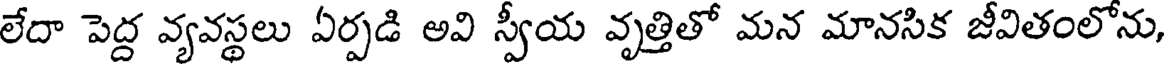
లేదా పెద్ద వ్యవస్థలు ఏర్పడి అవి స్వీయ వృత్తితో మన మానసిక జీవితంలోను,